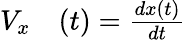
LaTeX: \begin{array}{rl}{V_{x}}&{{}(t)=\frac{dx(t)}{dt}}\end{array}